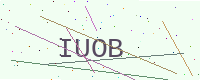
Text: IUOB